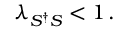
\lambda _ { S ^ { \dagger } S } < 1 \, .